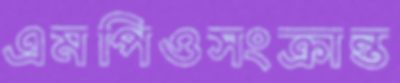
এমপিওসংক্রান্ত